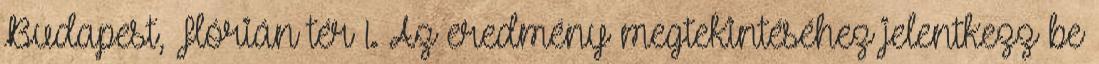
Budapest, Flórián tér 1. Az eredmény megtekintéséhez jelentkezz be